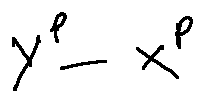
Y ^ { p } - X ^ { p }